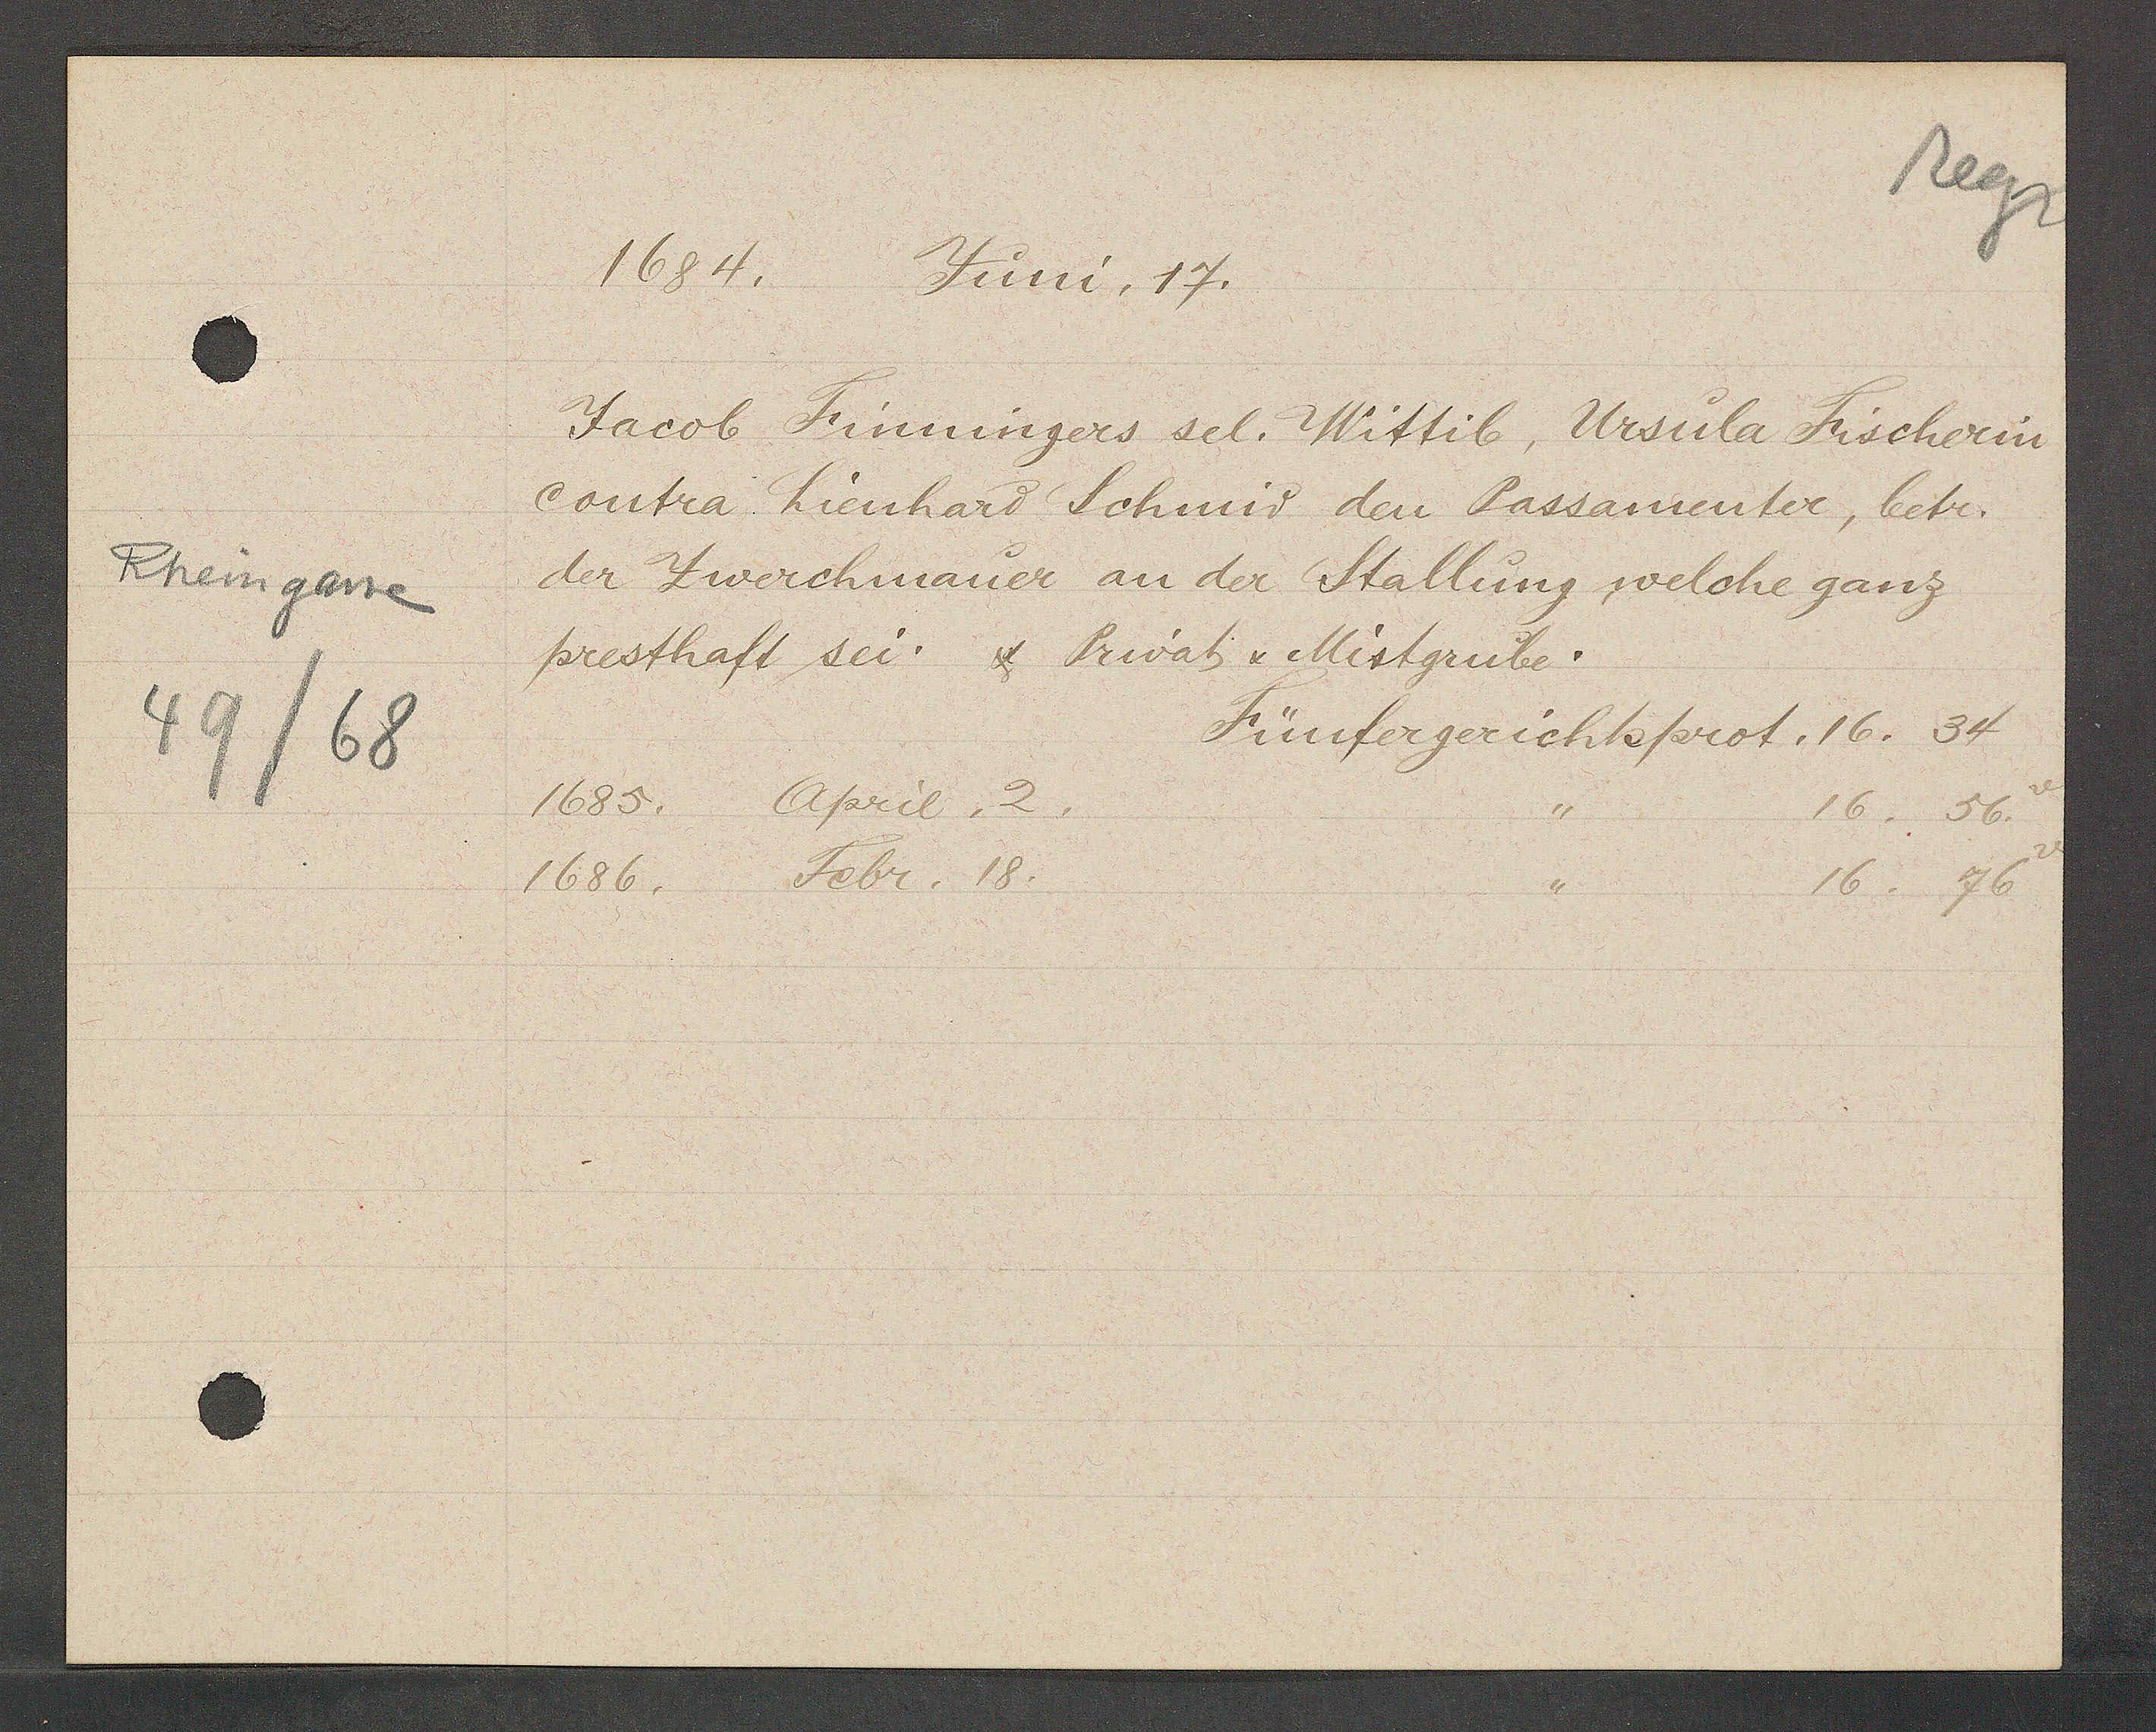
Transcript:
Rheingasse
49/68

1684.
Juni,17.

Jacob Finnnigers sel. Wittib, Ursula Fischerin
contra Lienhard Schmid den Passamenter, betr.
der Zwerchmauer an der Stallung welche ganz
presthaft sei. etc. Privat - Mistgrube.

Fünfergerichtsprot. 16. 34

1685. April. 2.
16. 56.
1686. Febr. 18.
16. 76.